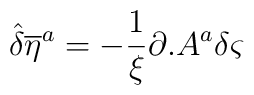
{\hat{\delta}} {\overline{\eta}} ^{a}=-\frac{1}{\xi }\partial .A^{a}\delta \varsigma